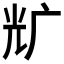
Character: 𰏵